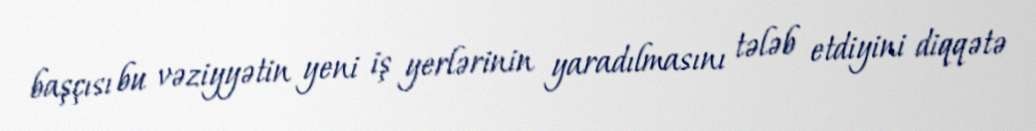
başçısı bu vəziyyətin yeni iş yerlərinin yaradılmasını tələb etdiyini diqqətə